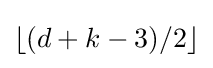
\lfloor (d+k-3)/2\rfloor